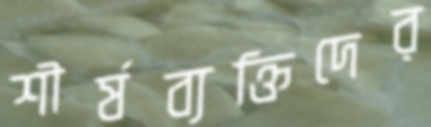
শীর্ষব্যক্তিদের